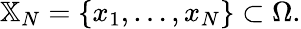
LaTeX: {\mathbb X}_{N}=\{ x_{1},\dots,x_{N}\} \subset\Omega.